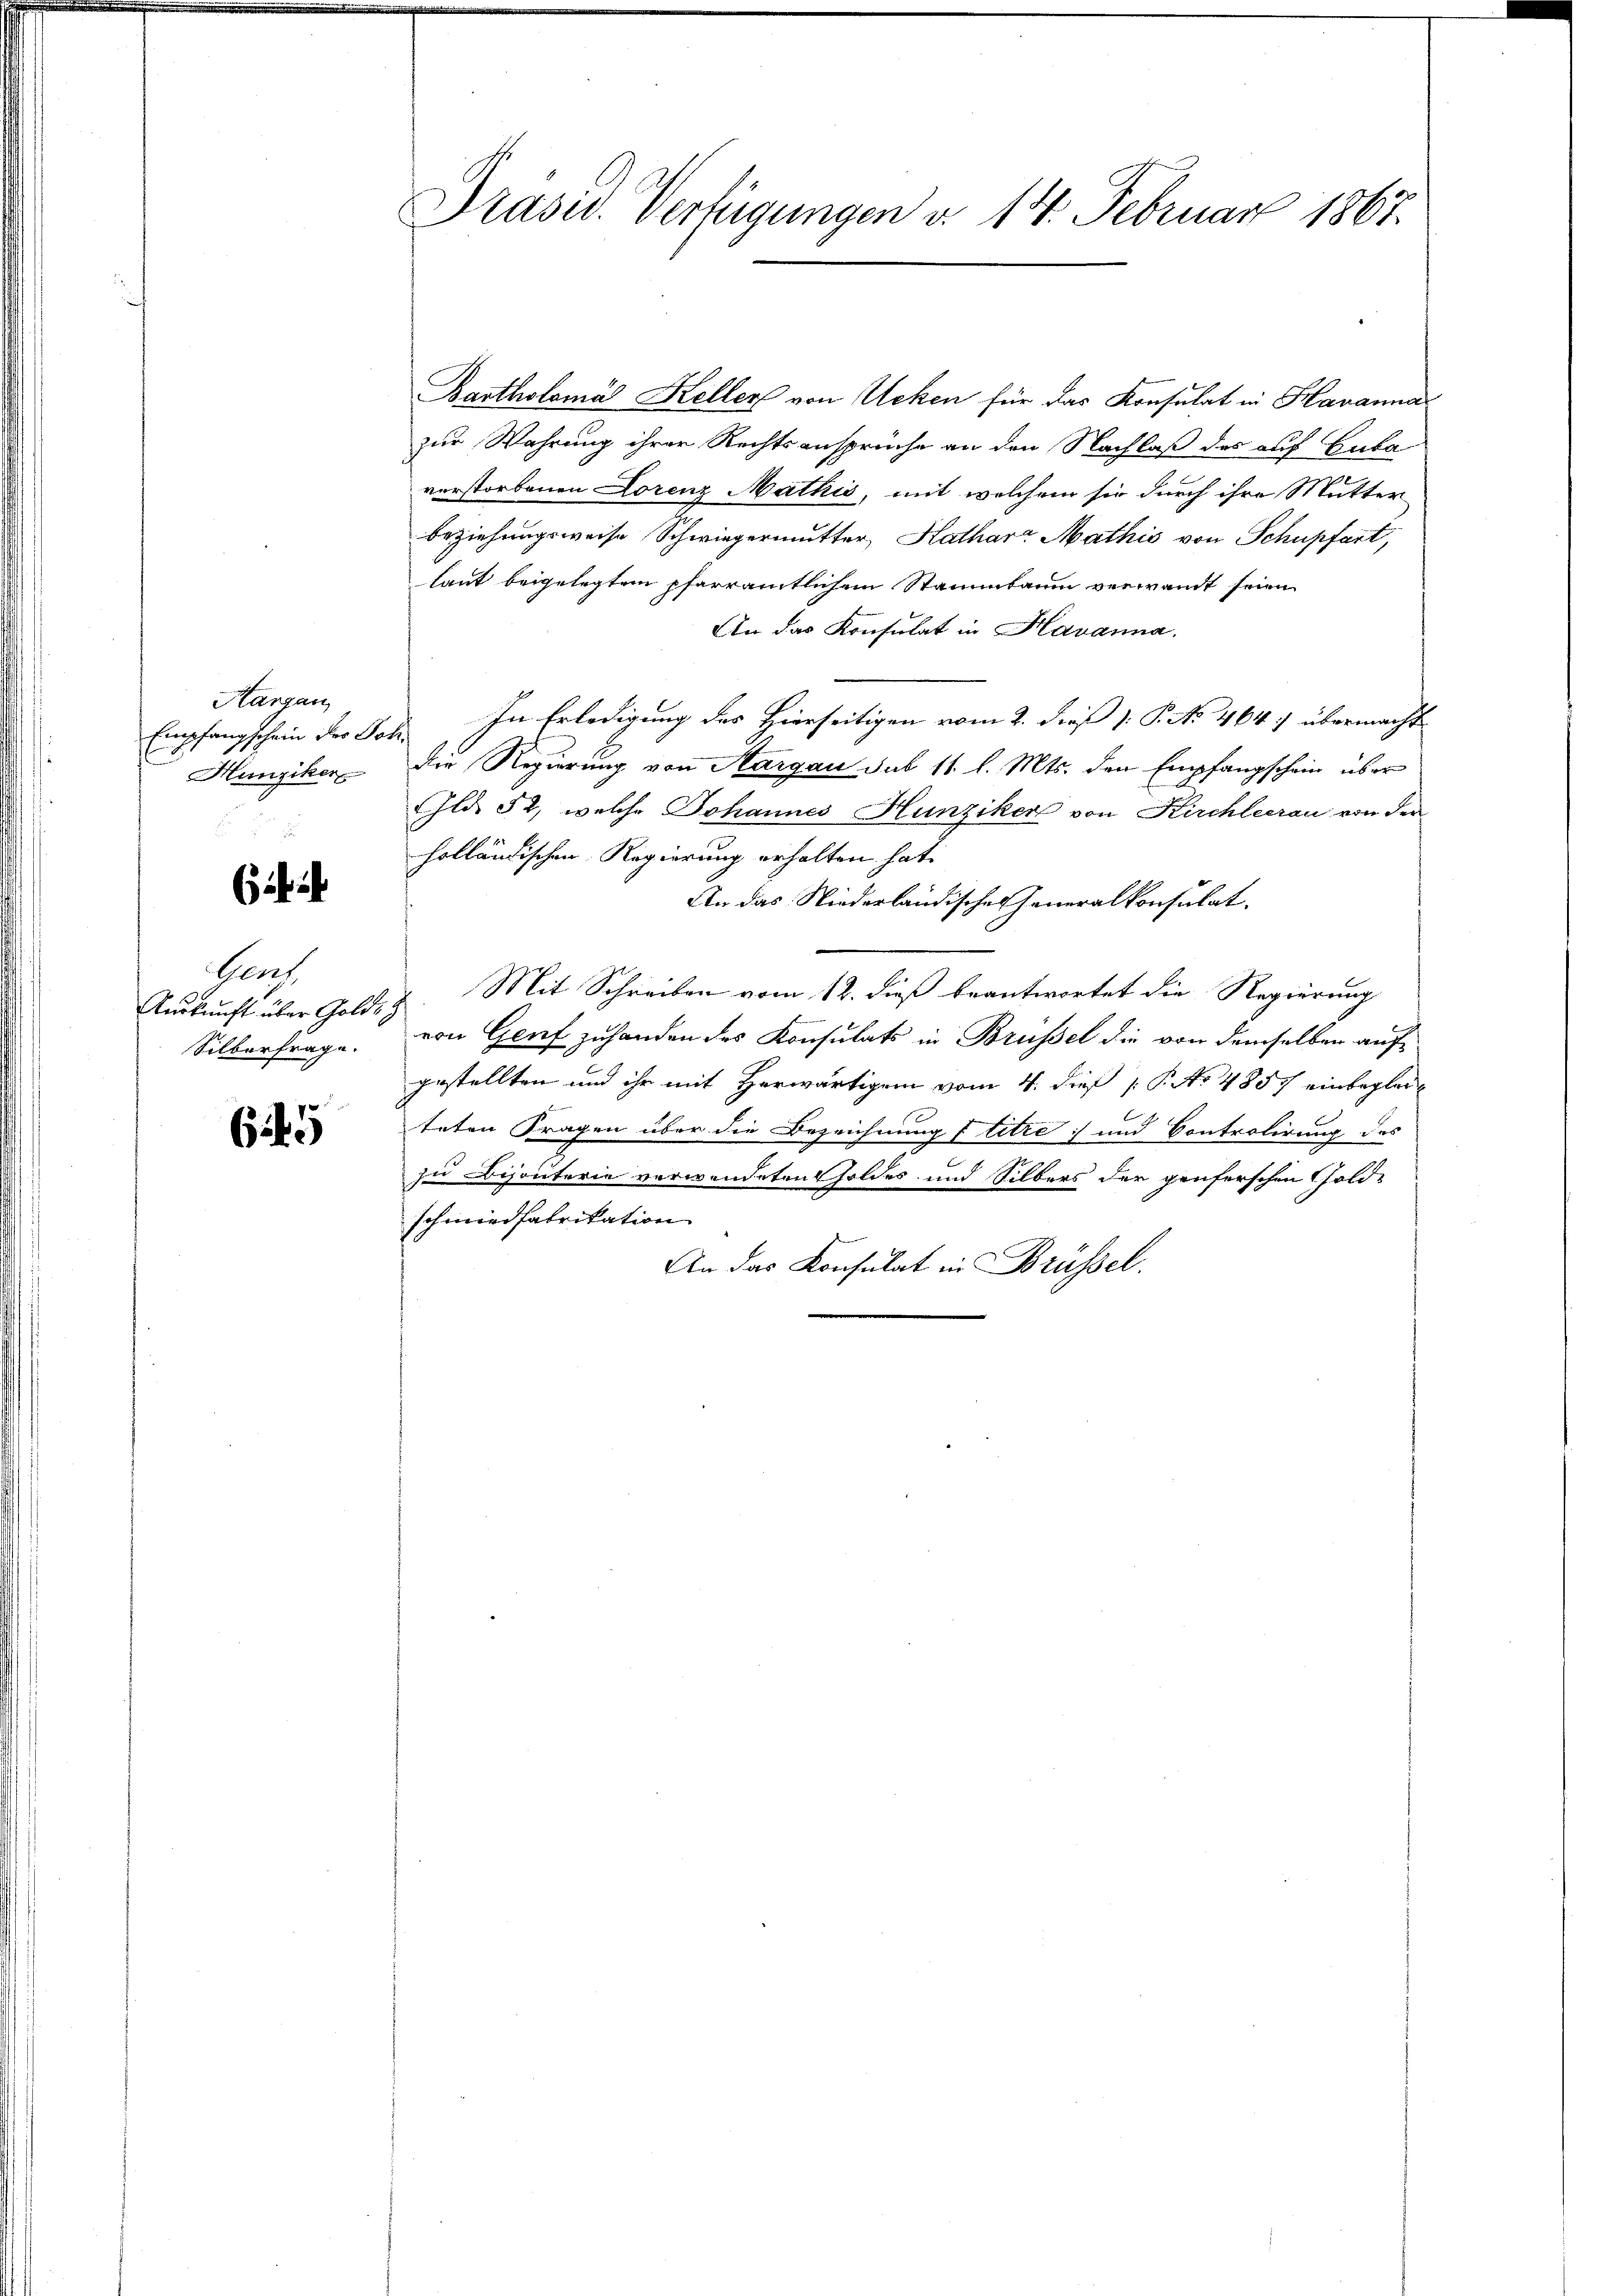
Hargau
Hunziker

Genf
Auskunft über Golds
Silberfrage.

645

Präsid. Verfügungen d. 14. Februar 1867.

Bartholoma Keller von Ucken für das Konsulat in Havanna
zur Wahrung ihrer Rechtsansprüche an den Nachlaß des auf Guba
verstorbenen Lorenz Mathis, mit welchem sie durch ihre Mutter
beziehungsweise Schwiegermutter, Kathard Mathis von Schupfart,
laut beigelegtem pfarramtlichem Stammbaum verwandt seien
An das Konsulat in Havanna.
Empfangschein der Joh. In Erledigung des Hierseitigen vom 2. dieß [ P. No. 464, übermacht
Die Regierung von Aargau sub 11. l. Mts. den Empfangschein über
Gld. 52, welche Johannes Hunziker von Kirchleerau von der
holländischen Regierung erhalten hat.
An das Niederländischer Generalkonsulat.
Mit Schreiben vom 12. dieß beantwortet die Regierung
von Genf zuhanden des Konsulats in Brüssel die von demselben aufgestellten und ihr mit Herwärtigen vom 4. dieß P. No 4857 einbeglei
teten Fragen über die Bezeichnung f titre und Controlirung des
zu Bijouterie verwendeten soldes und Silbers der penferschen Gold-
schmiedfabrikation
An das Konsulat in Brüssel.